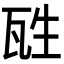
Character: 𤬸